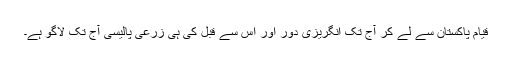
قیام پاکستان سے لے کر آج تک انگریزی دور اور اس سے قبل کی ہی زرعی پالیسی آج تک لاگو ہے۔